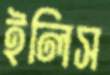
ইলিস